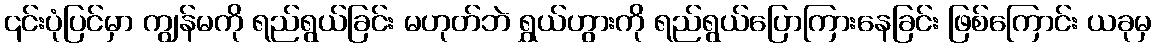
၎င်းပုံပြင်မှာ ကျွန်မကို ရည်ရွယ်ခြင်း မဟုတ်ဘဲ ရွှယ်ဟွားကို ရည်ရွယ်ပြောကြားနေခြင်း ဖြစ်ကြောင်း ယခုမှ